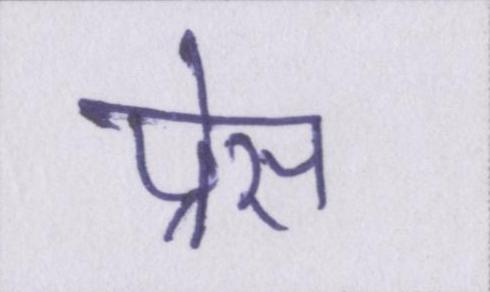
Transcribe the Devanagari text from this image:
प्रेस